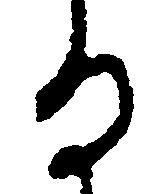
る